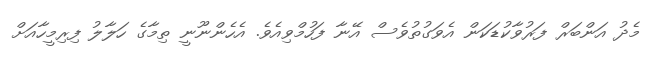
މެދު އަންބަރް ފަރުވާކުޑަކަން އެވަގުތުވެސް އޭނާ ފަހުމްވިއެވެ. އެހެންނޫނީ ތިމާގެ ހަލާލު ފިރިމީހާއަށް